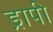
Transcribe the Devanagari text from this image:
ड्रापी